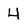
Character: 4